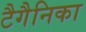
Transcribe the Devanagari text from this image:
टैगैनिका